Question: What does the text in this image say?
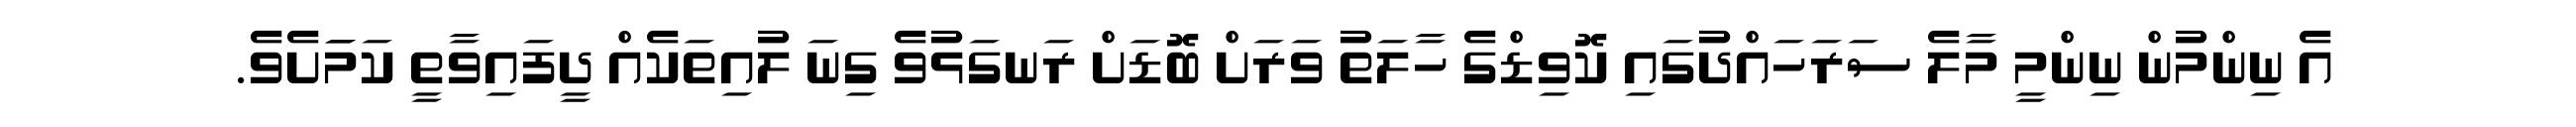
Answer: އެ ނިންމުން ނިންމީ މާލެ ސަރަހައްދުގައި ކޮވިޑްގެ ހާލަތު ވަރަށް ބޮޑަށް ރަނގަޅުވެ ގިނަ ލުއިތަކެއް ދީފައިވާތީ ކަމަަށެވެ.